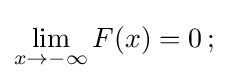
\lim _{x\rightarrow -\infty }F(x)=0\,;